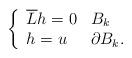
LaTeX: \begin{align*}\left\{\begin{array}[c]{ll}\overline{L}h=0 & B_{k}\\h=u & \partial B_{k}.\end{array}\right. \end{align*}